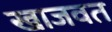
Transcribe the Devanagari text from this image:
खाजवत